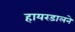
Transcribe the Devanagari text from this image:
हायरडालने